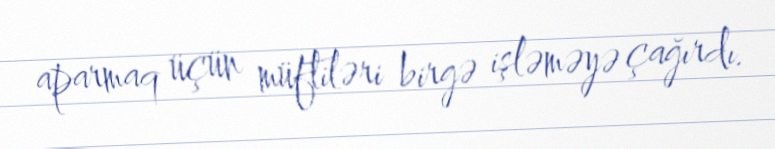
aparmaq üçün müftiləri birgə işləməyə çağırdı.